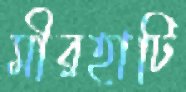
মীরহাটি